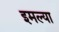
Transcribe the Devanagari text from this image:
इमल्या